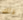
ذلك